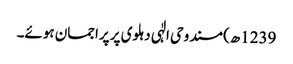
1239ھ) مسند وحی الٰہی دہلوی پر پراجمان ہوئے۔